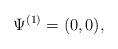
LaTeX: \begin{align*}\Psi^{(1)}=(0,0), \end{align*}